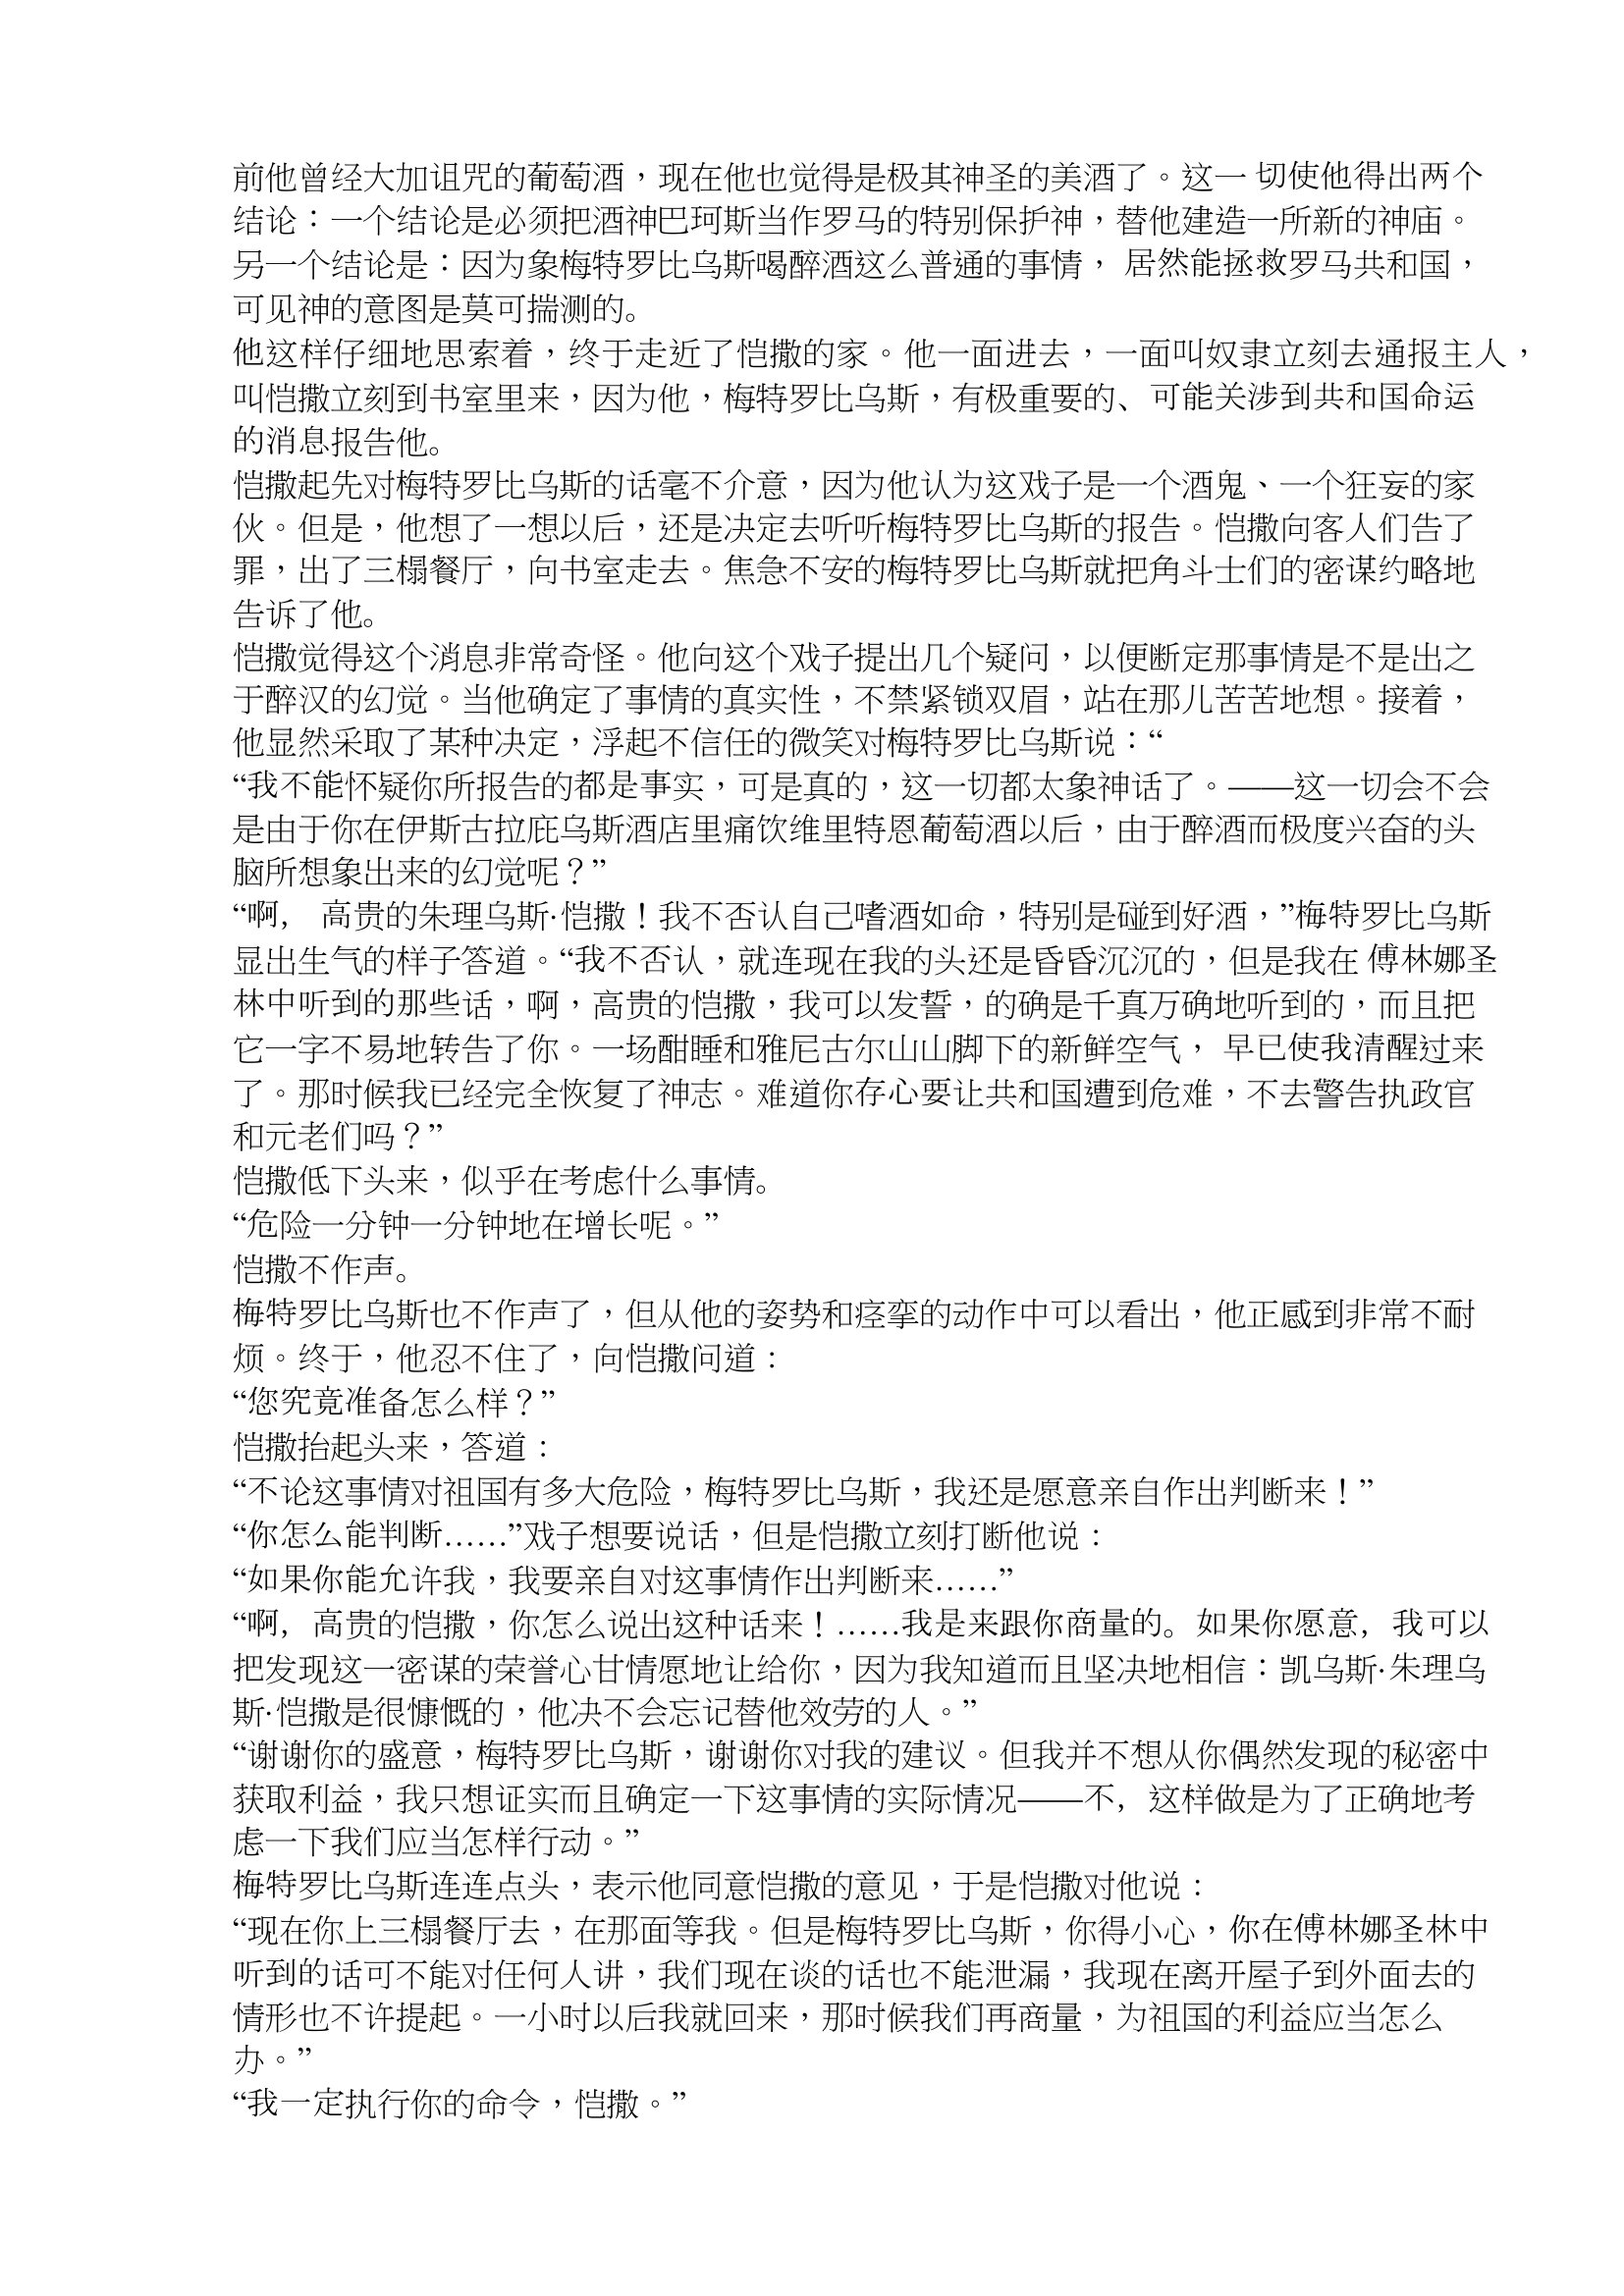
Language: zh